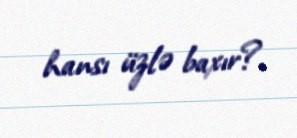
hansı üzlə baxır?.